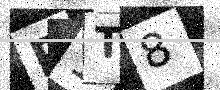
Text: R1T8